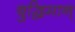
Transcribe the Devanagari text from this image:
बुद्धिमान्‌